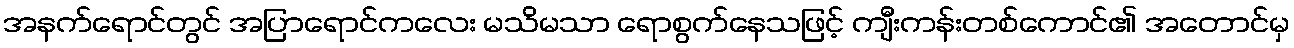
အနက်ရောင်တွင် အပြာရောင်ကလေး မသိမသာ ရောစွက်နေသဖြင့် ကျီးကန်းတစ်ကောင်၏ အတောင်မှ